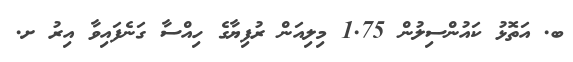
ބ. އަތޮޅު ކައުންސިލުން 1.75 މިލިއަން ރުފިޔާގެ ހިއްސާ ގަނެފައިވާ އިރު ށ.